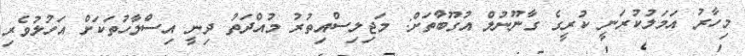
މިހާރު އަމަލުކުރަނީ ކުރީގެ ގާނޫނުލް އުގޫބާތަށް: މަޖިލިސްއިތުރު މުއްދަތު ދިނީ އިސްލާހުތަކަށް އަހުލުވެރި